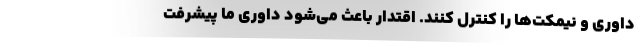
داوری و نیمکت‌ها را کنترل کنند. اقتدار باعث می‌شود داوری ما پیشرفت